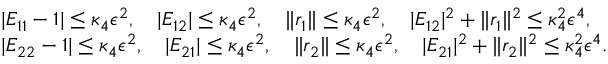
\begin{array} { r l } & { | E _ { 1 1 } - 1 | \leq \kappa _ { 4 } \epsilon ^ { 2 } , \quad | E _ { 1 2 } | \leq \kappa _ { 4 } \epsilon ^ { 2 } , \quad \| r _ { 1 } \| \leq \kappa _ { 4 } \epsilon ^ { 2 } , \quad | E _ { 1 2 } | ^ { 2 } + \| r _ { 1 } \| ^ { 2 } \leq \kappa _ { 4 } ^ { 2 } \epsilon ^ { 4 } , } \\ & { | E _ { 2 2 } - 1 | \leq \kappa _ { 4 } \epsilon ^ { 2 } , \quad | E _ { 2 1 } | \leq \kappa _ { 4 } \epsilon ^ { 2 } , \quad \| r _ { 2 } \| \leq \kappa _ { 4 } \epsilon ^ { 2 } , \quad | E _ { 2 1 } | ^ { 2 } + \| r _ { 2 } \| ^ { 2 } \leq \kappa _ { 4 } ^ { 2 } \epsilon ^ { 4 } . } \end{array}